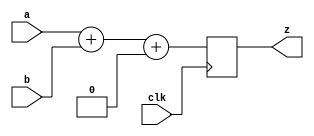

module add_const_design(clk, a, b, z);

	input               clk;

	input       [3:0]   a;
	input       [3:0]   b;
	output  reg [3:0]   z;

	always @(posedge clk)
		z <= a + b + (1'b1 - 1'b1);

endmodule